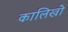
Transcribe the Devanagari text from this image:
कालिखो